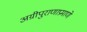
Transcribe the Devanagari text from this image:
अग्रीपुराणाप्रमाणे